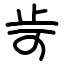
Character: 㱒